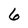
Character: 6